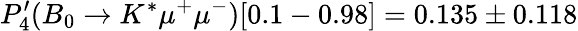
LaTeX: P_{4}^{\prime}(B_{0}\to K^{*}\mu^{+}\mu^{-})[0.1-0.98]=0.135\pm 0.118